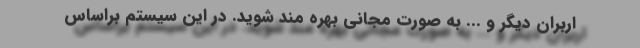
اربران دیگر و ... به صورت مجانی بهره مند شوید. در این سیستم براساس